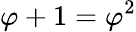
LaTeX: \varphi+1=\varphi^{2}